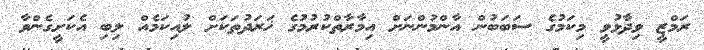
ރަމްޒީ ވިދާޅުވީ މިކަމުގެ ސަބަބުން އާންމުންނަށް އިމާރާތްކުރުމުގެ ޚަރަދުތަކަށް ލުއިކަމެއް ލިބި އެކަށީގެންވާ